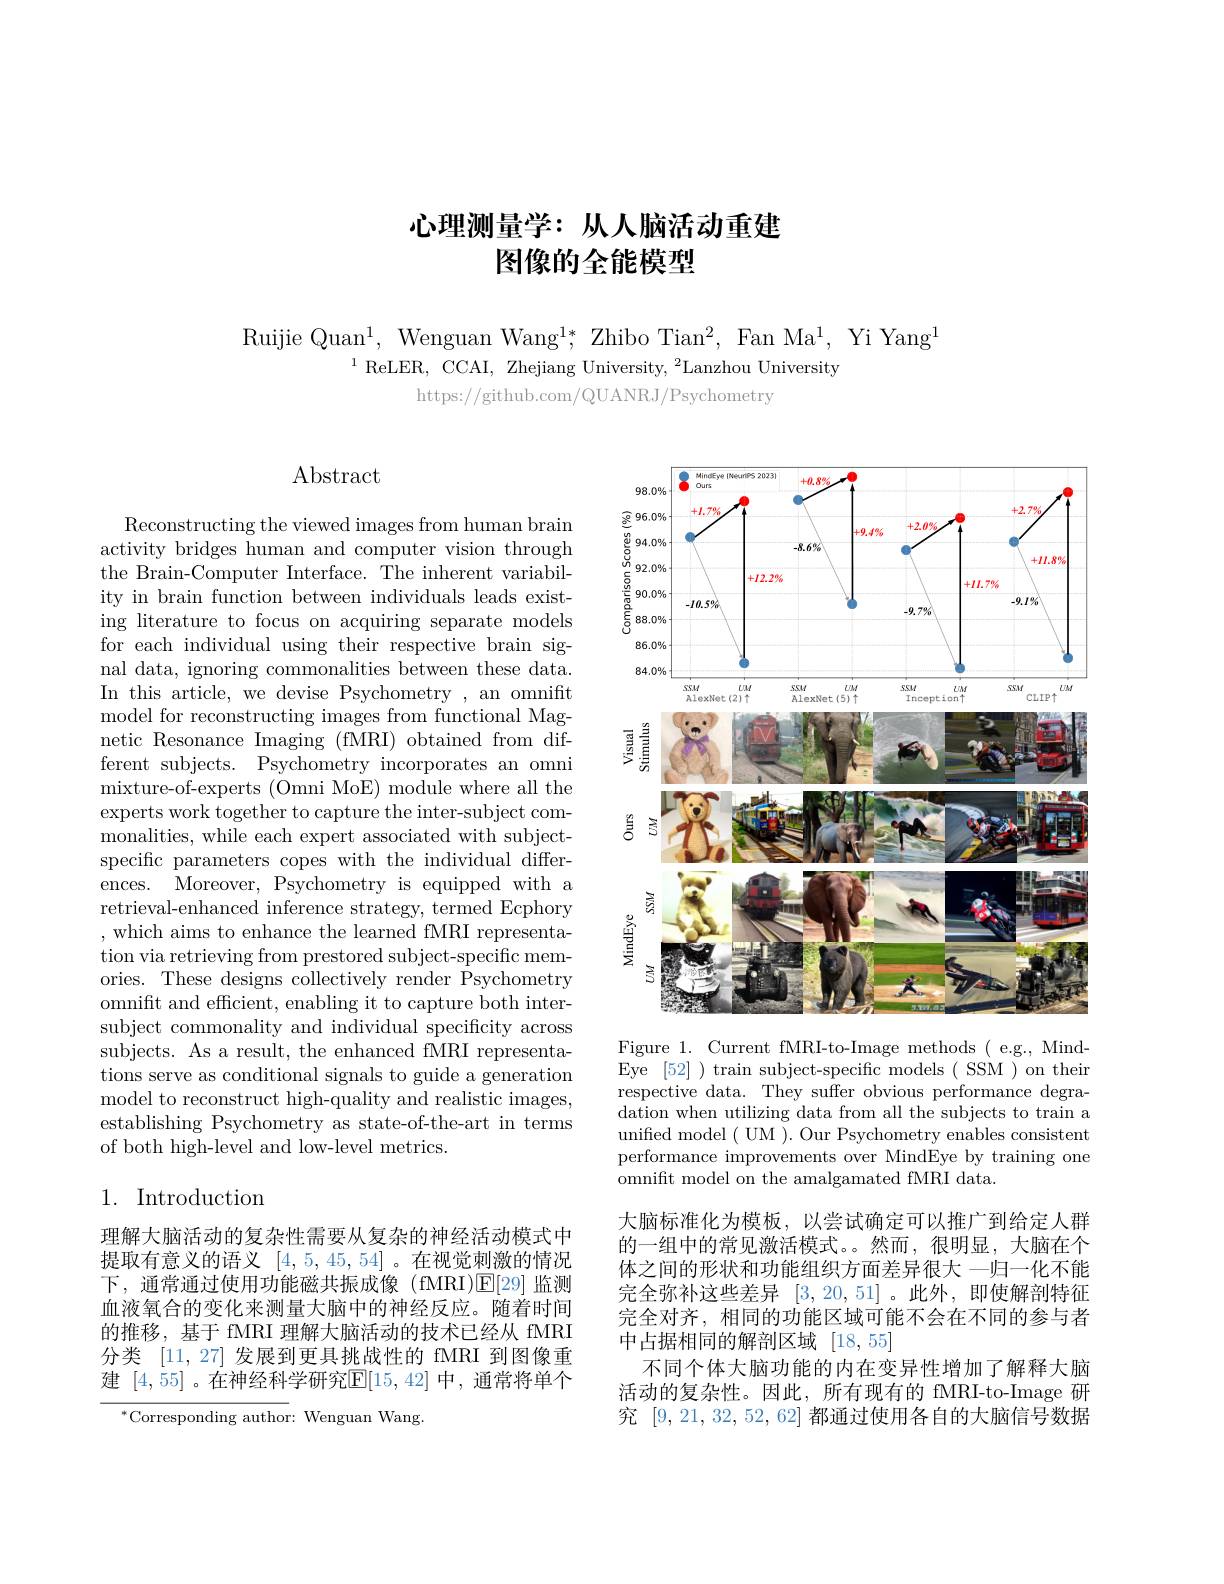
# 心理测量学：从人脑活动重建图像的全能模型

Ruijie Quan$^1,\mathrm{~Wenguan~Wang}^{1*},\mathrm{~Zhibo~Tian}^{2},\mathrm{~Fan~Ma}^{1},\mathrm{~Yi~Yang}^{1}$
$^{1}$ReLER, CCAI, Zhejiang University, $^2$Lanzhou University

https://github.com/QUANRJ/Psychometry

$\operatorname{Abstract}$

Reconstructing the viewed images from human brain activity bridges human and computer vision through the Brain-Computer Interface. The inherent variability in brain function between individuals leads existing literature to focus on acquiring separate models for each individual using their respective brain signal data, ignoring commonalities between these data. In this article, we devise Psychometry , an omnifit model for reconstructing images from functional Magnetic Resonance Imaging (fMRI) obtained from different subjects. Psychometry incorporates an omni mixture-of-experts (Omni MoE) module where all the experts work together to capture the inter-subject commonalities, while each expert associated with subjectspecific parameters copes with the individual differences. Moreover, Psychometry is equipped with a retrieval-enhanced inference strategy, termed Ecphory ,which aims to enhance the learned fMRI representation via retrieving from prestored subject-specific memories. These designs collectively render $\bar{\text{Psychometry}}$ omnift and efficient, enabling it to capture both intersubject commonality and individual specificity across subjects. As a result, the enhanced fMRI representations serve as conditional signals to guide a generation model to reconstruct high-quality and realistic images, establishing Psychometry as state-of-the-art in terms of both high-level and low-level metrics.

## 1. Introduction

理解大脑活动的复杂性需要从复杂的神经活动模式中提取有意义的语义[4,5,45,54] 。在视觉刺激的情况下，通常通过使用功能磁共振成像(fMRI)$\mathbb{E}[29]$监测血液氧合的变化来测量大脑中的神经反应。随着时间的推移，基于 fMRI 理解大脑活动的技术已经从 fMRI 分类 [11,27] 发展到更具挑战性的 fMRI 到图像重建 [4,55] 。在神经科学研究$\mathbb{E}[15,42]$ 中 ,通常将单个

${^{*}\text{Corresponding author}}:{\mathrm{~Wenguan~Wang.}}$

<FigureHere>

Figure 1. Current fMRI-to-Image methods ( e.g., MindEye [52] ) train subject-specific models ( SSM ) on their respective data. They suffer obvious performance degradation when utilizing data from all the subjects to train a unified model ( UM ). Our Psychometry enables consistent performance improvements over MindEye by training one omnift model on the amalgamated fMRI data.
大脑标准化为模板，以尝试确定可以推广到给定人群的一组中的常见激活模式。然而，很明显，大脑在个体之间的形状和功能组织方面差异很大 一归一化不能完全弥补这些差异[3,20,51]。此外，即使解剖特征完全对齐，相同的功能区域可能不会在不同的参与者中占据相同的解剖区域[18,55]
不同个体大脑功能的内在变异性增加了解释大脑活动的复杂性。因此，所有现有的 fMRI-to-Image 研究[9,21,32,52,62]都通过使用各自的大脑信号数据